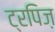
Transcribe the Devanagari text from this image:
ट्रपिज़